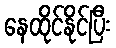
နေထိုင်နိုင်ပြီး